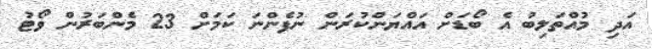
އަދި މުއްތަލިބު އެ ބޯޑަށް އައްޔަންކުރަން ނުފެންނަ ކަމަށް 23 މެންބަރުން ވޯޓު